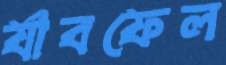
র‍্যাবফেল